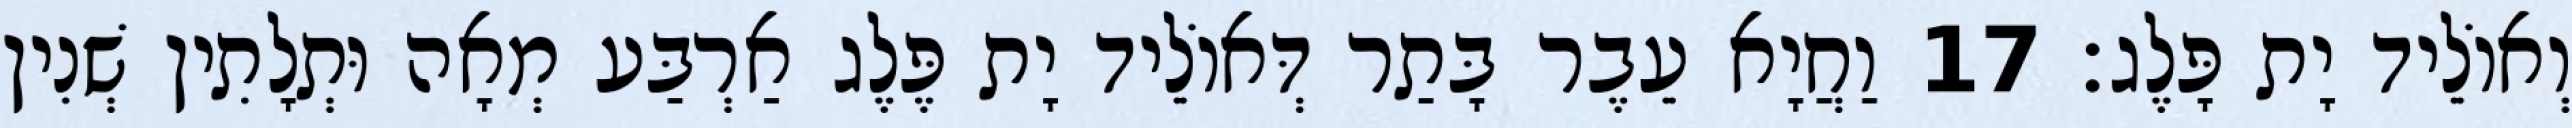
וְאוֹלֵיד יָת פָּלֶג׃ 17 וַחֲיָא עֵבֶר בָּתַר דְּאוֹלֵיד יָת פֶּלֶג אַרְבַּע מְאָה וּתְלָתִין שְׁנִין